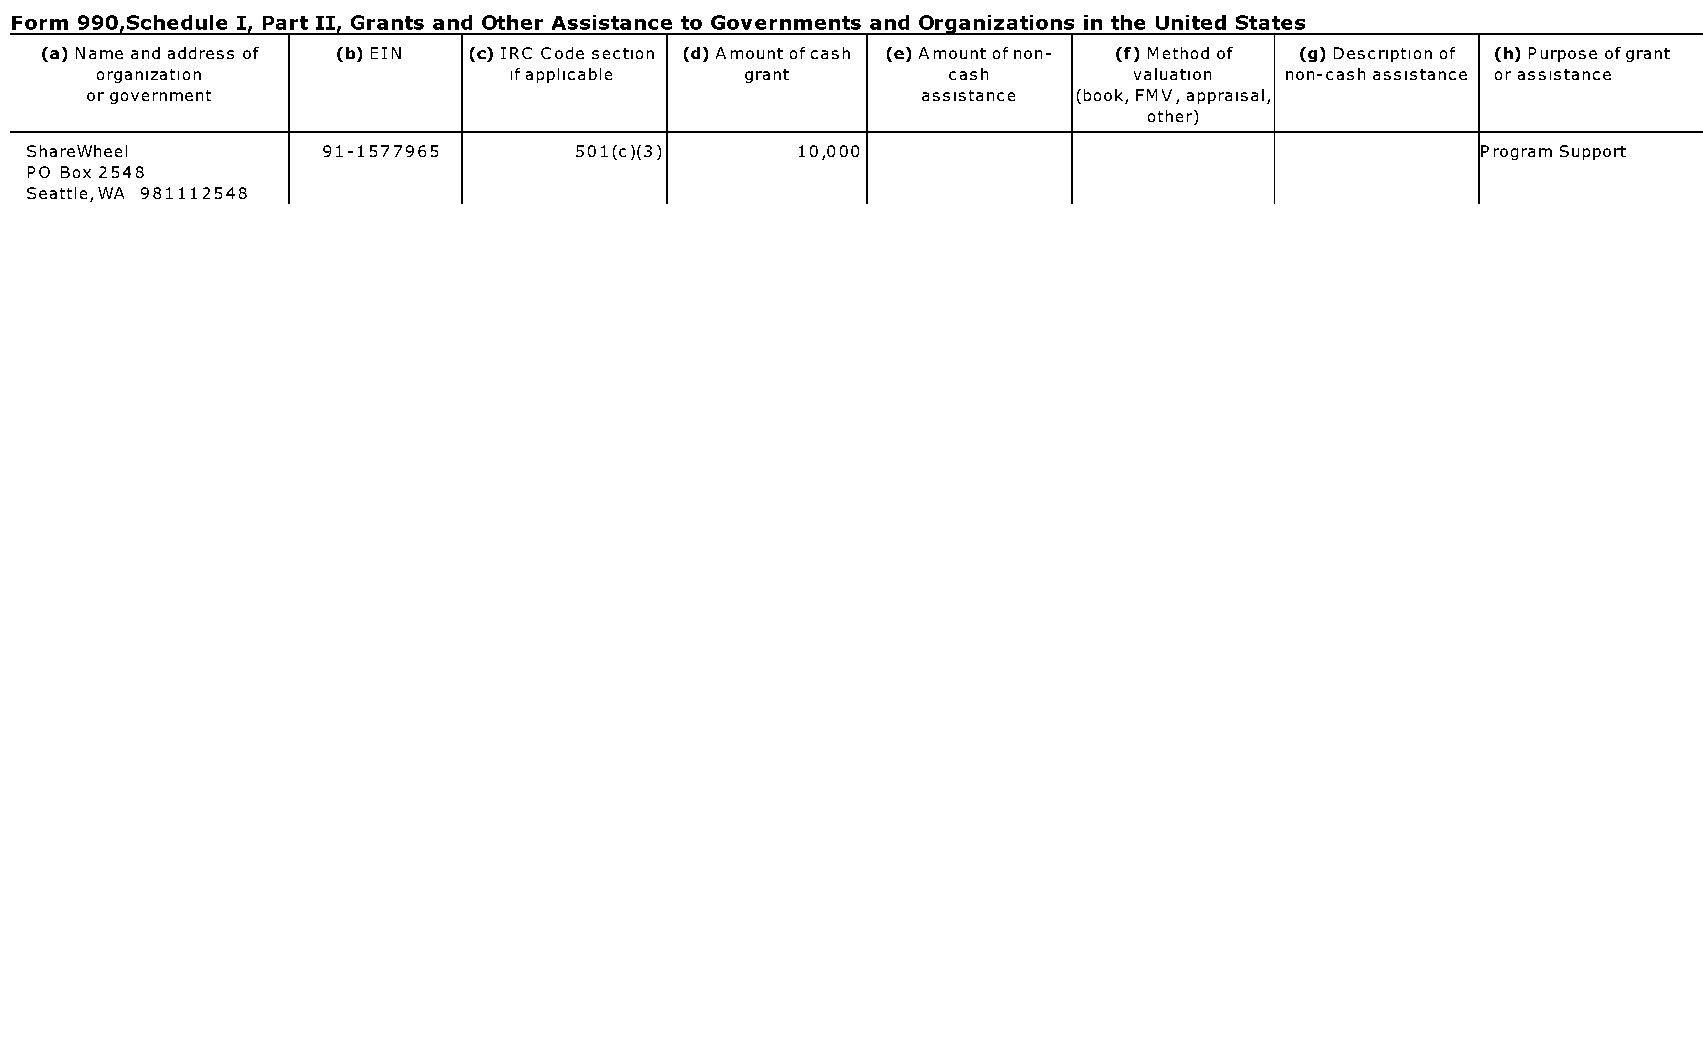
Form 990.Schedule I. Part II. Grants and Other Assistance to Governments and Organizations in the United States
 (a) Name and address of (b) EIN (c) IRC Code section (d) Amount ofcash (e) Amount of non- (f) Method of (g) Description of (h) Purpose ofgrant
 organization                ifapplicable   grant         cash        valuation non-cash assistance or assistance
 or government                                          assistance (book, FMV, appraisal,
 other)
 ShareWheel         91-1577965       501(c)(3)      10,000                                       Program Support
 PO Box 2548
 Seattle,WA 981112548